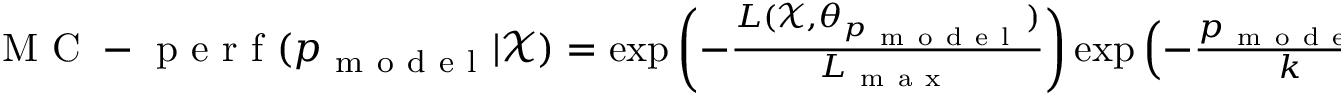
\begin{array} { r } { \mathrm { ~ M ~ C ~ - ~ p ~ e ~ r ~ f ~ } ( { p _ { \mathrm { ~ m ~ o ~ d ~ e ~ l ~ } } } | \mathcal X ) = \exp \left( - \frac { L ( \mathcal X , \theta _ { p _ { \mathrm { ~ m ~ o ~ d ~ e ~ l ~ } } } ) } { L _ { \mathrm { ~ m ~ a ~ x ~ } } } \right) \exp \left( - \frac { p _ { \mathrm { ~ m ~ o ~ d ~ e ~ l ~ } } } { k } \right) } \end{array}